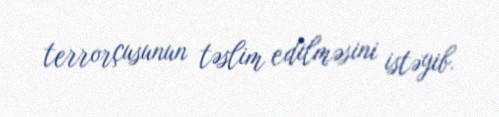
terrorçusunun təslim edilməsini istəyib.